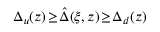
\Delta _ { u } ( z ) \! \ge \! \hat { \Delta } ( \xi , z ) \! \ge \! \Delta _ { d } ( z )